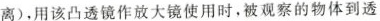
离)，用该凸透镜作放大镜使用时，被观察的物体到透